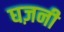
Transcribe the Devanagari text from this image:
घज़नी